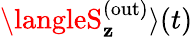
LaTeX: {\langleS_{\mathbf{z}}^{\mathrm{{(\mathrm{{out}})}}}\rangle(t)}